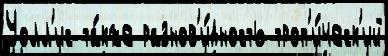
Уолл'ис та́кже разнов'и́дность троп'и́ческ'ий